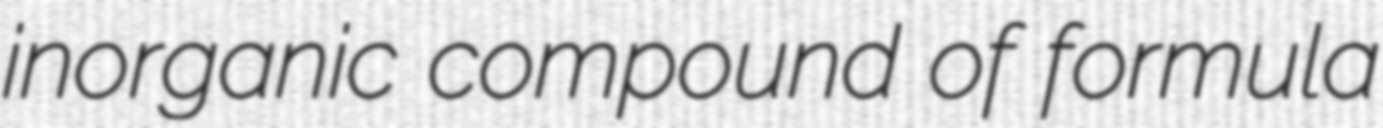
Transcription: inorganic compound of formula